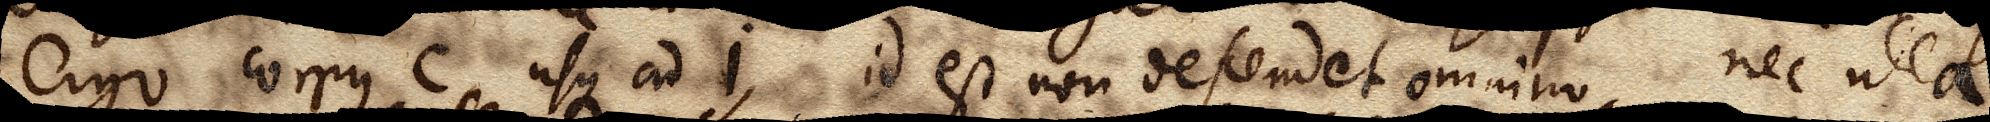
ergo corpus C, usque ad I, id est non descendet omnino, nec ulla